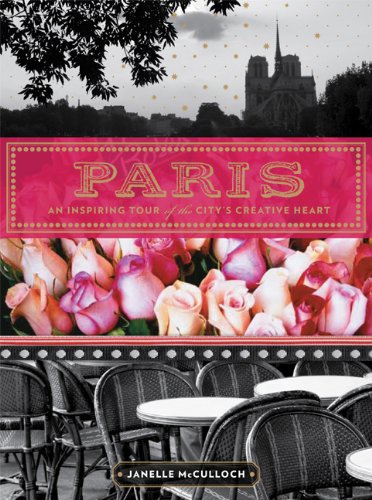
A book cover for Paris: An Inspiring Tour of the City's Creative Heart; Janelle McCulloch; Arts & Photography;